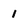
Character: 1